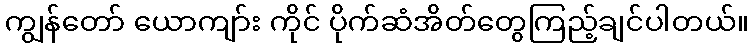
ကျွန်တော် ယောကျာ်း ကိုင် ပိုက်ဆံအိတ်တွေကြည့်ချင်ပါတယ်။